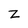
Character: Z